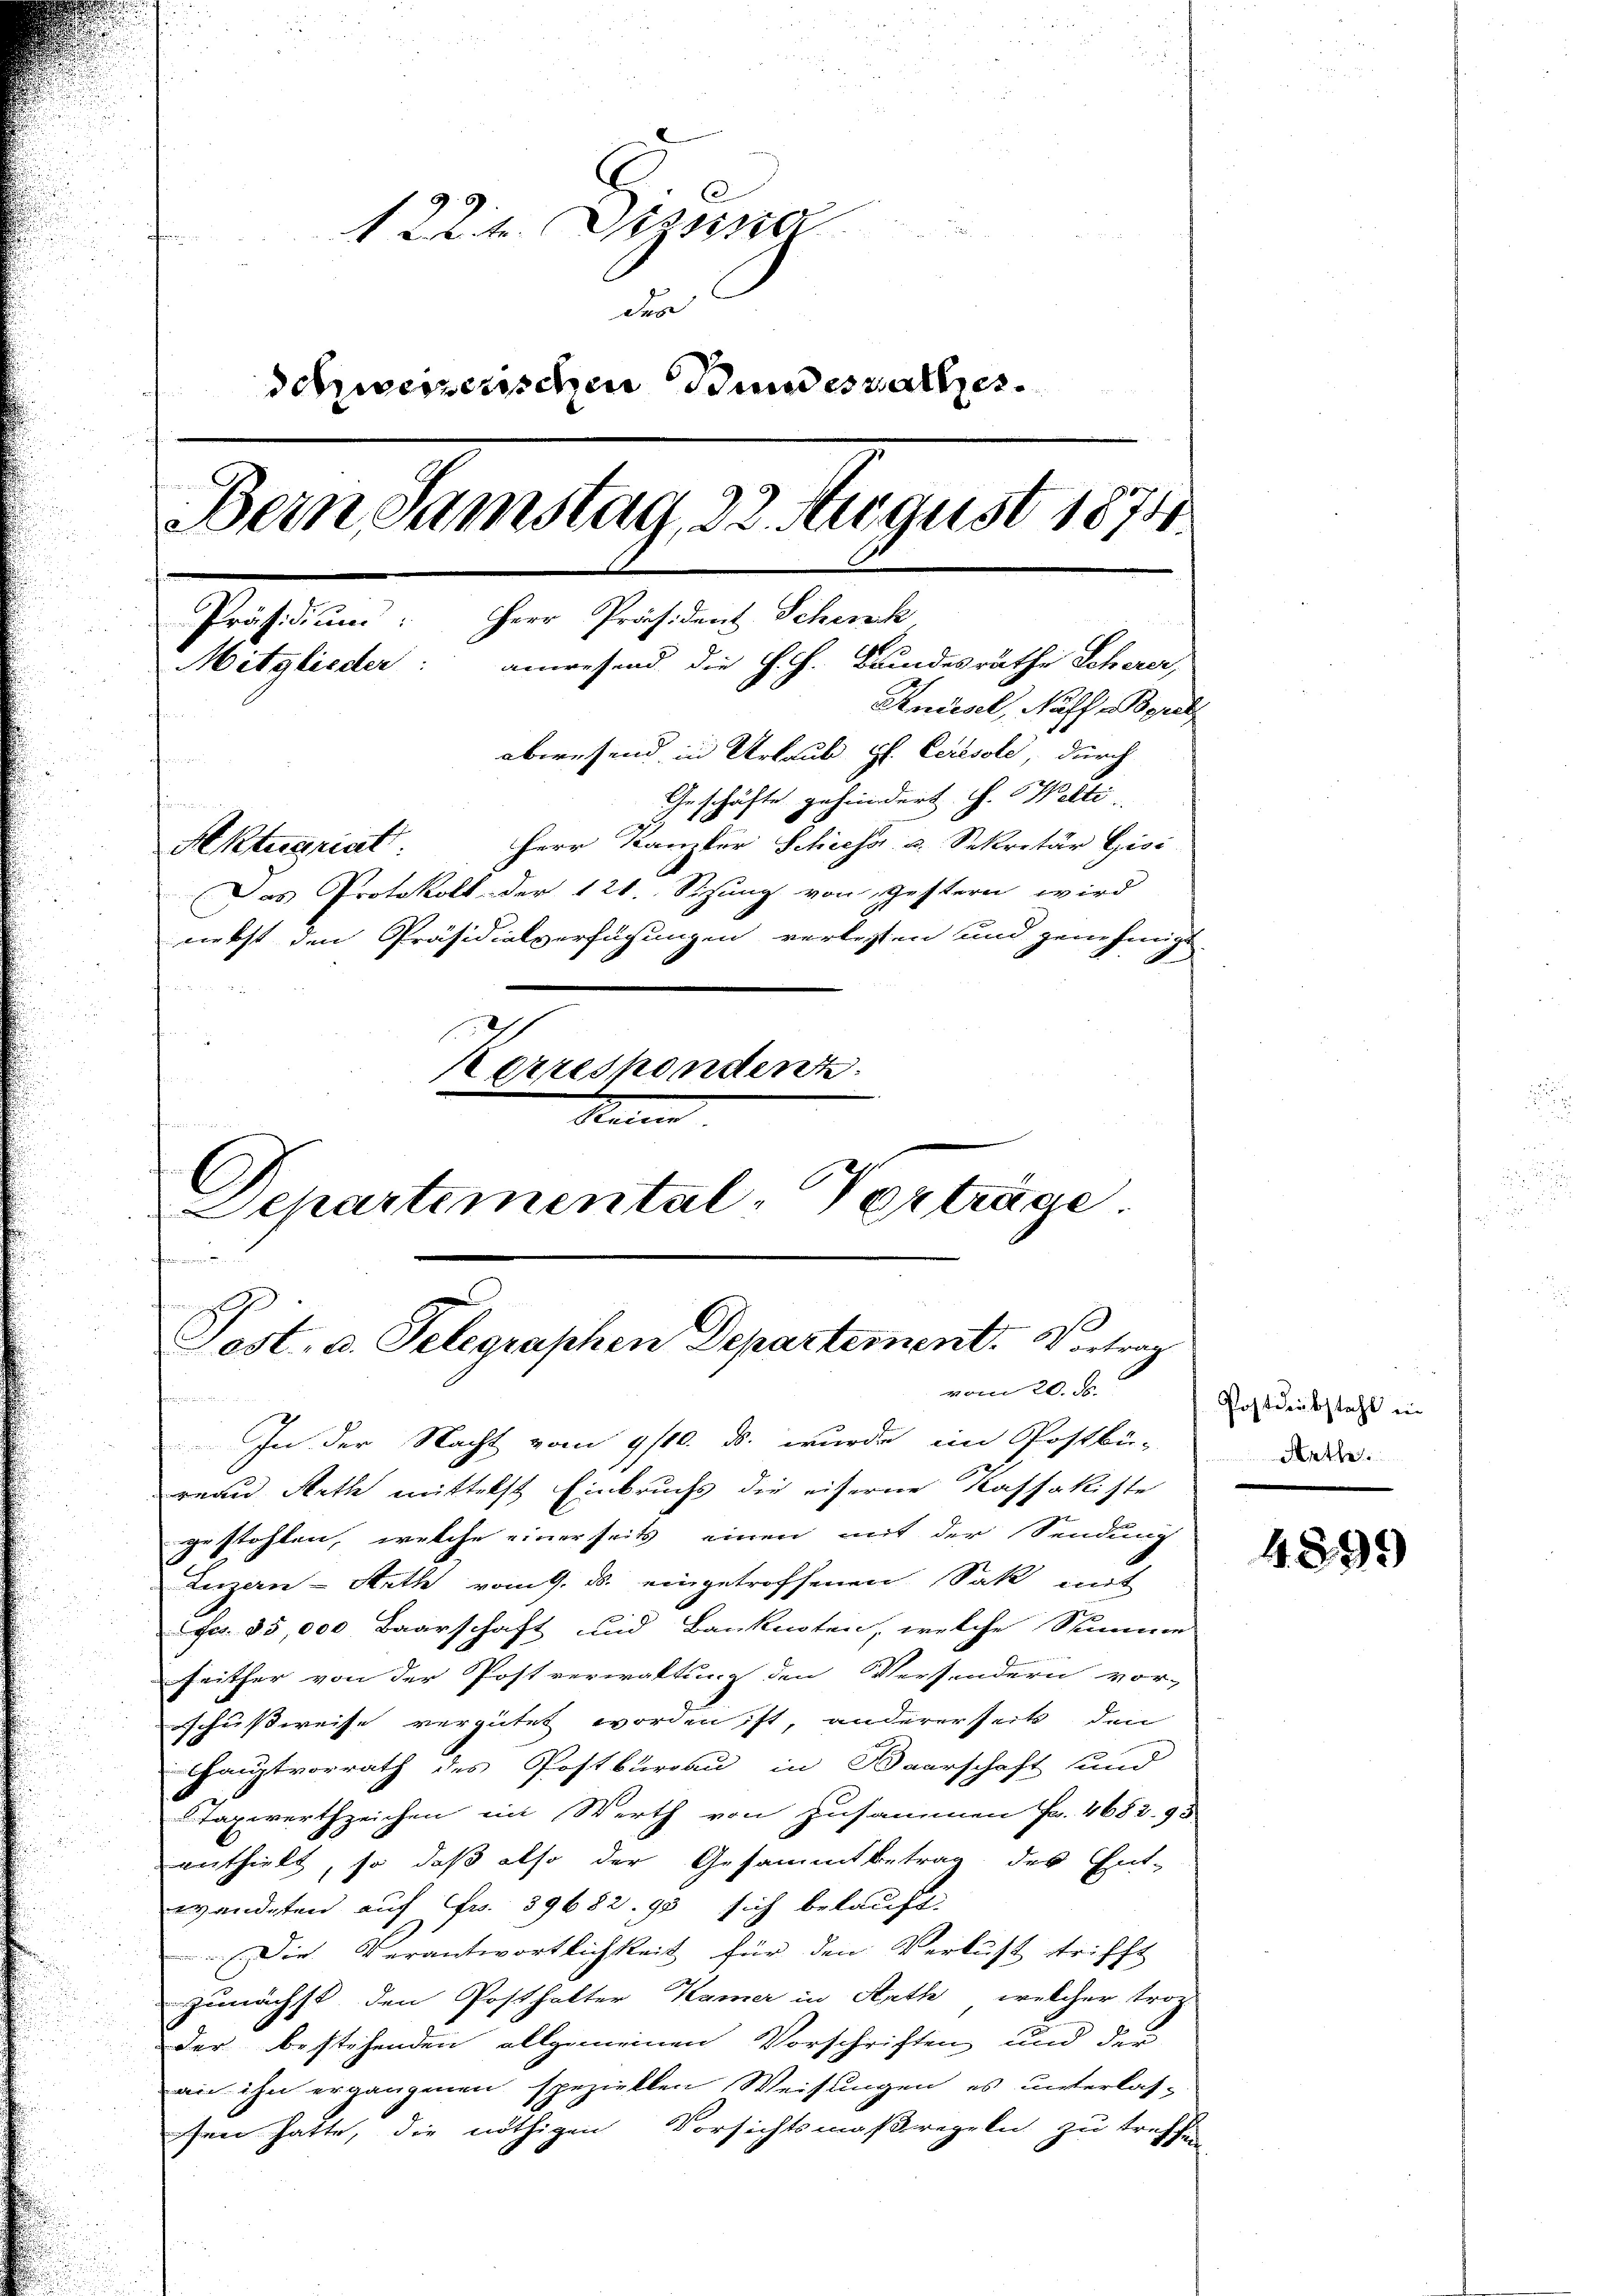
122. Diesen
des
dchweizerischen Bundeshalter.
Bern Samstag, 22. August 1871
Präsidium: Herr Präsident Schenk
anwesend die H. H. Bundesräthe Scherer,
Mitglieder:
Aniesel, Nahs Bere
abwesend in Urlaub gl. Ceresole, durch
Geschäfte gehindert H. Welti
Herr Kanzler Schiess u. Sekretär Gisi
Aktuariat
Das Protokoll der 121. Sizung von Gestern wird
nebst den Präsidialverfügungen verlesten und genehmigt
Kerrespondenz.
.
e

f
C
Grammation den
t
Pest, a. Telegraphen Departement. Vortrag
vom 20. d.

Separtemental-Verträge

f
In der Nacht vom 9/10. ds. wurde im Postbü-
reau Roth mittelst Einbruchs die eiserne Kaffakiste
gestohlen, welche einerseits einen mit der Sendung
Luzern Arth vom 9. d. eingetroffenen Sak mit
Frs. 35,000 Baarschaft und Banknoten, welche Stimme
feither von der Postverwaltung den Versondern vor-
schußweise vergütet worden ist, andererseits den
Hauptvorrath des Postburgau in Baarschaft und
Taxwerthzeichen ein Werth von zusammen Fr. 4682. 95
anthielt, so daß also der Gesammtbetrag des Ent-
wandeten auf Fr. 39682. 93 sich belauft
Die Verantwortlichkeit für den Verlust trifft
zunächst den Posthalter Kamer in Arth, welcher trop-
der bestehenden allgemeinen Vorschriften und der
an ihn ergangenen speziellen Weisungen es unterlas-
sen hatte, die nöthigen Vorsichtsmaßregeln zu treffen

Postdiebsteht in
Aath.

4899